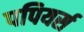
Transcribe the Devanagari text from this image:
पपियर्स